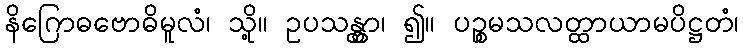
နိဂြောဓဗောဓိမူလံ၊ သို့။ ဥပသန္တွာ၊ ၍။ ပဉ္စမသလတ္ထာယာမပိဋ္ဌတံ၊